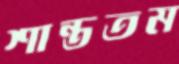
শান্ততম